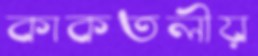
কাকতলীয়